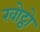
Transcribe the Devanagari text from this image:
खोट्ठो